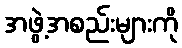
အဖွဲ့အစည်းများကို